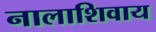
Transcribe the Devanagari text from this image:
नालाशिवाय